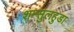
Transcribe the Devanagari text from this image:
शम्सुलहुडा